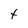
Character: t